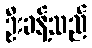
ဦးခန့်သည်